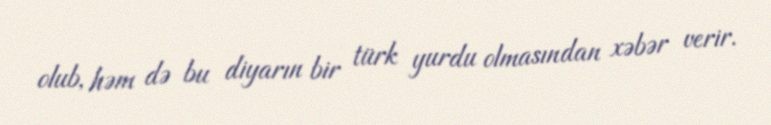
olub, həm də bu diyarın bir türk yurdu olmasından xəbər verir.